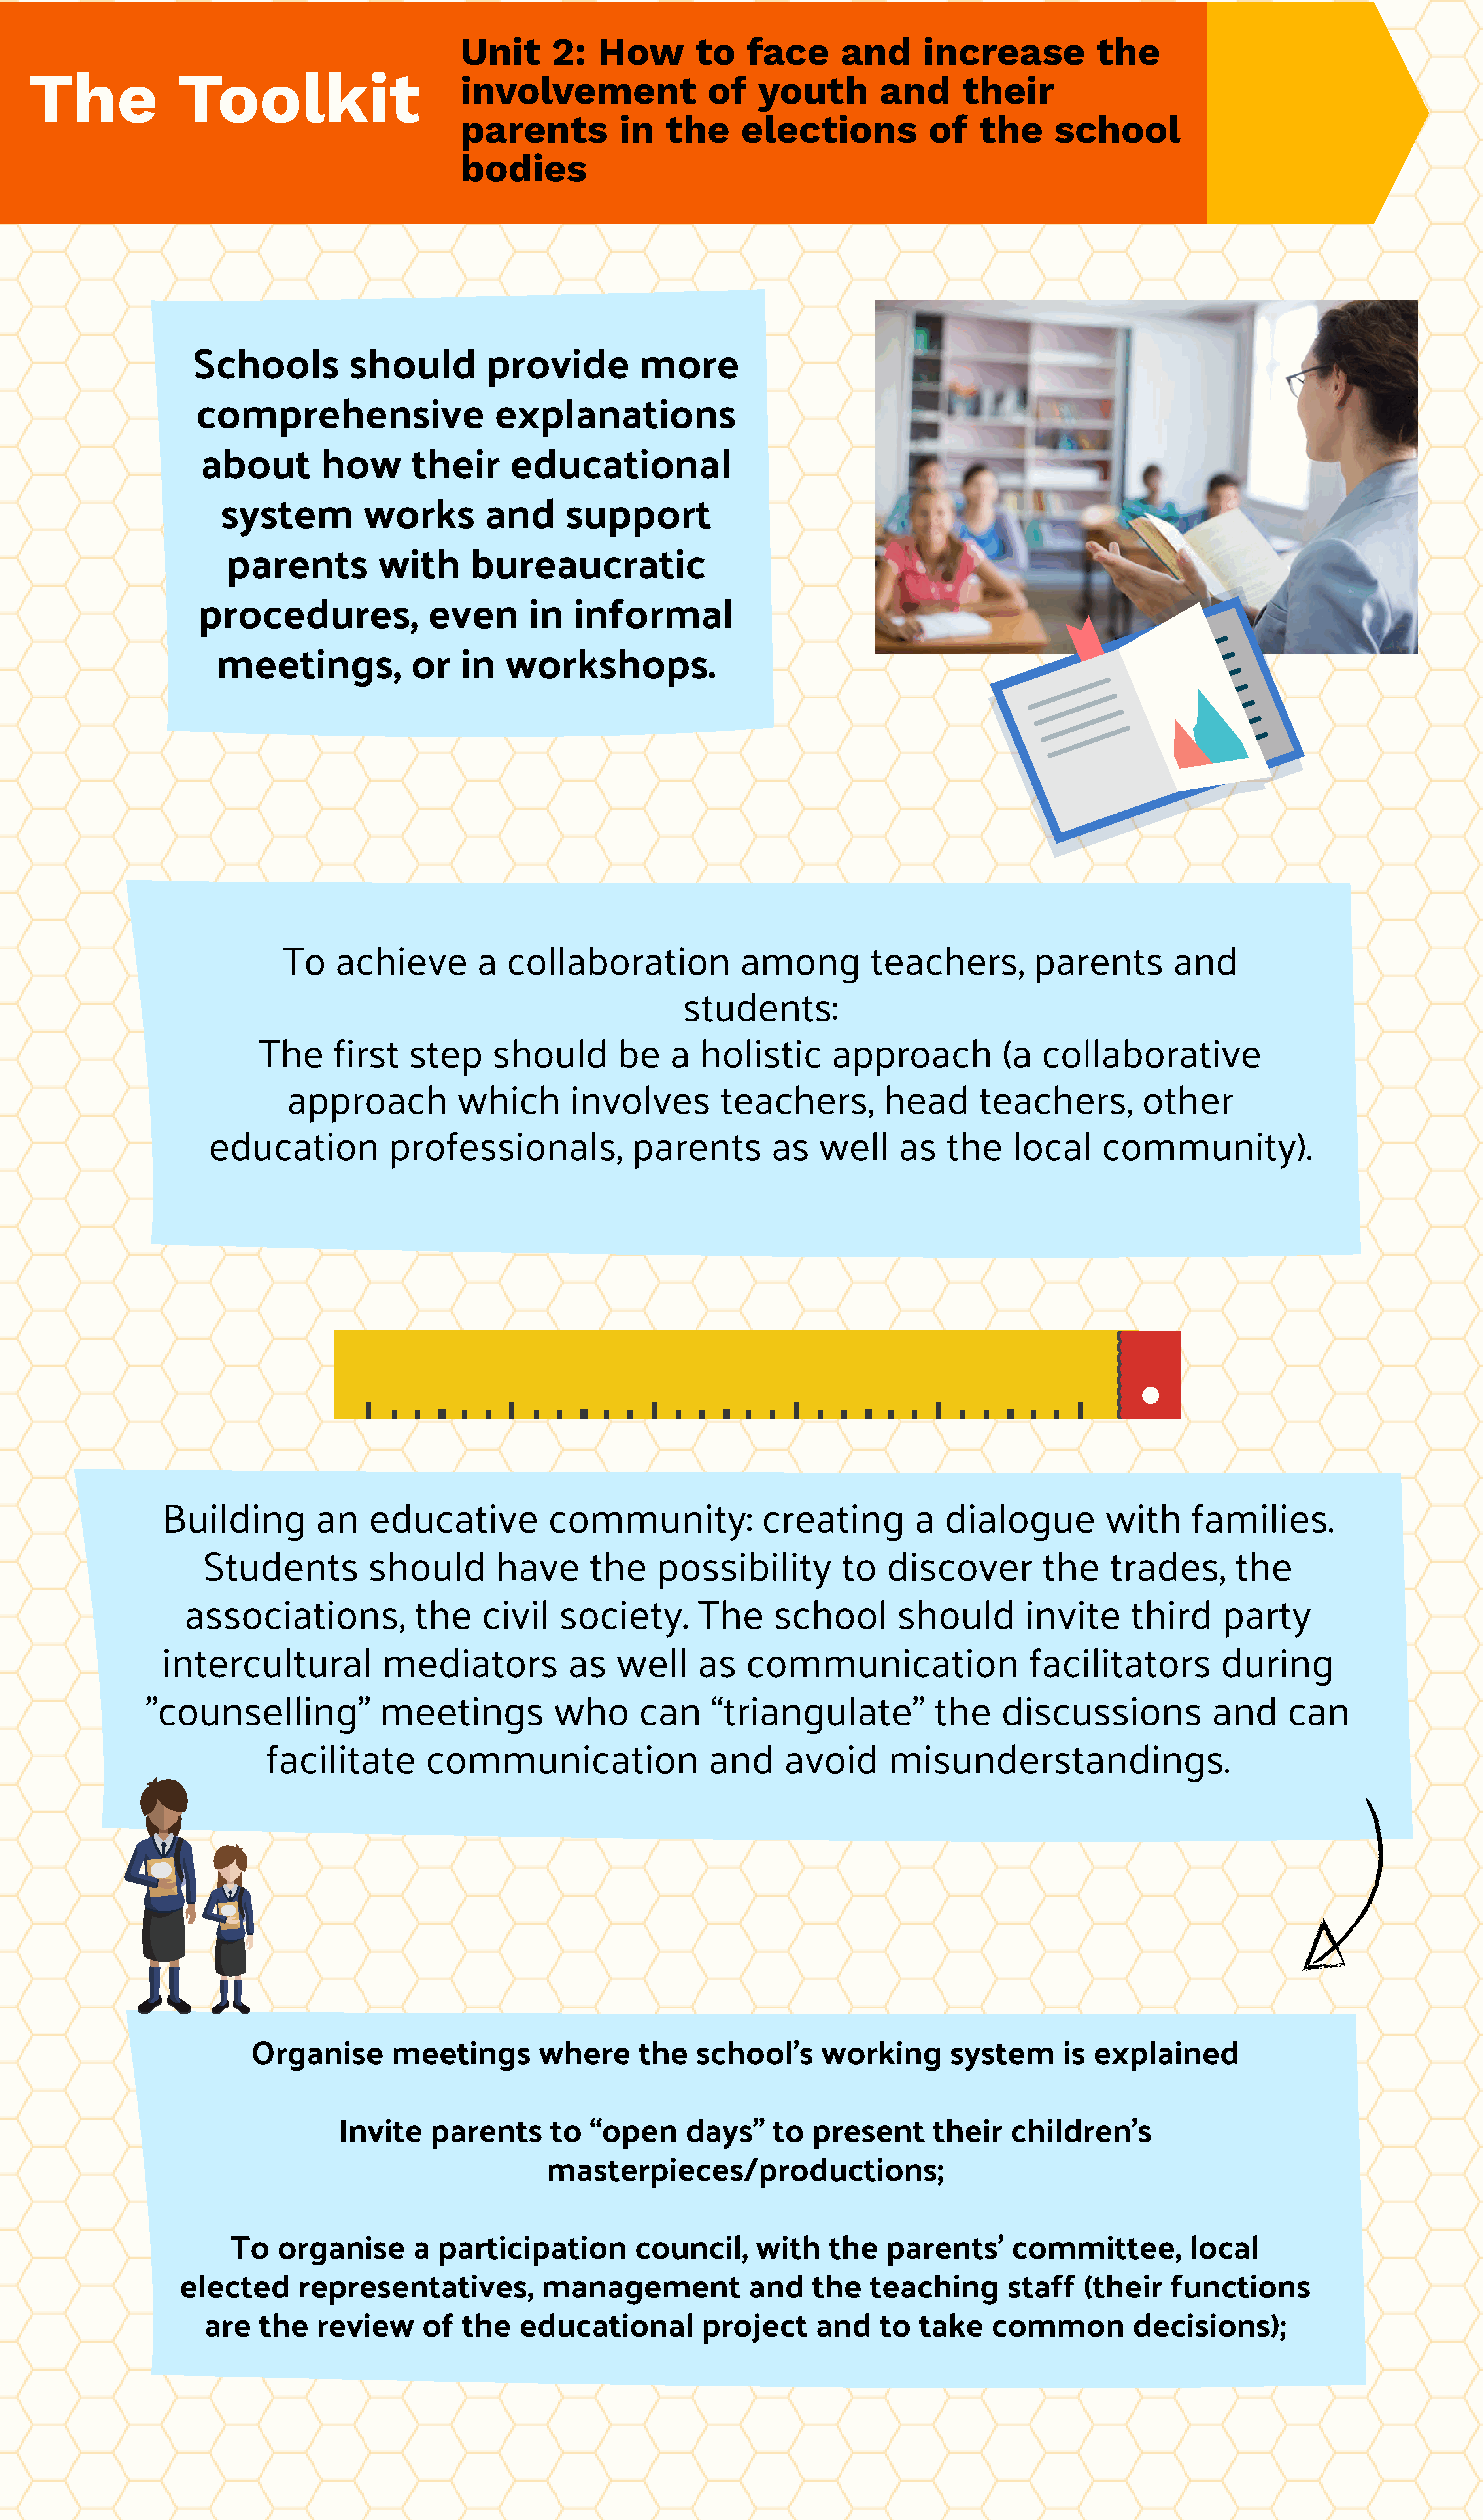
Unit           2:      How             to       face            and          increase                      the
 The                      Toolkit
 involvement                              of       youth               and           their
 parents                    in     the          elections                      of       the         school
 bodies
 Schools                   should                 provide                   more
 comprehensive                                     explanations
 about               how            their           educational
 system                  works               and           support
 parents                  with            bureaucratic
 procedures,                            even             in     informal
 meetings,                        or      in      workshops.
 To       achieve                 a    collaboration                          among                 teachers,                  parents                and
 students:
 The          first       step          should               be       a    holistic              approach                     (a    collaborative
 approach                     which             involves                  teachers,                  head            teachers,                  other
 education                     professionals,                           parents                as      well         as      the        local          community).
 Building                  an       educative                     community:                          creating                 a    dialogue                   with          families.
 Students                    should               have            the        possibility                    to     discover                   the        trades,              the
 associations,                         the         civil        society.               The          school              should                invite           third           party
 intercultural                        mediators                      as      well          as      communication                                  facilitators                    during
 "counselling"                           meetings                     who           can         “triangulate”                        the         discussions                        and          can
 facilitate                communication                                   and         avoid             misunderstandings.
 Organise                meetings                where            the       school's             working              system             is   explained
 Invite         parents             to     “open           days”         to     present             their        children's
 masterpieces/productions;
 To     organise               a   participation                    council,             with        the      parents'             committee,                    local
 elected             representatives,                         management                        and        the       teaching               staff       (their         functions
 are      the       review            of    the       educational                    project            and       to     take        common                  decisions);